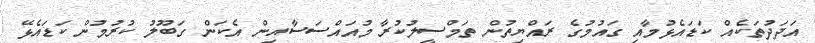
އަދަދުތަކެއް ކަޑައެޅުމާއި ގައުމުގެ ރައްޔިތުން ތަމްސީލުކުރާ މުއައްސަސާއިން އެކަން ގަބޫލު ކުރުމުން ކަޑައެޅޭ